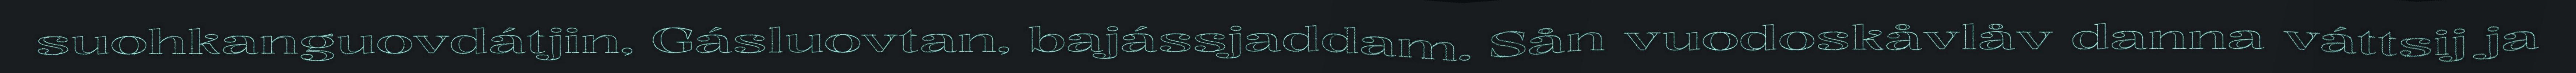
suohkanguovdátjin, Gásluovtan, bajássjaddam. Sån vuodoskåvlåv danna váttsij ja